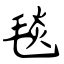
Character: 毯